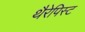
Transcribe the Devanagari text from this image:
थैरेपिस्ट